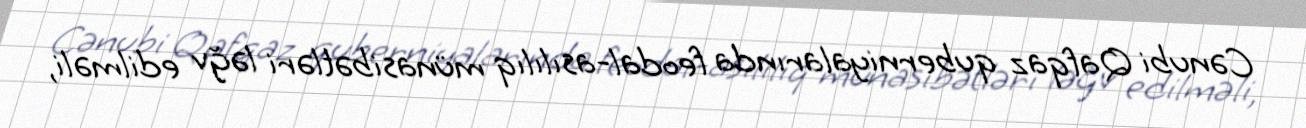
Cənubi Qafqaz quberniyalarında feodal-asılılıq münasibətləri ləğv edilməli,